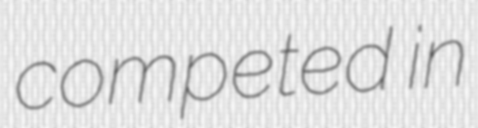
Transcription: competed in